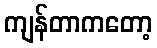
ကျန်တာကတော့